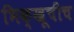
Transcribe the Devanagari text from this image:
भिक्खूचीच